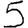
Digit: 5